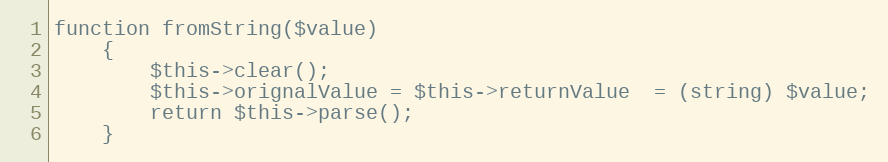
Language: PHP
function fromString($value)
    {
        $this->clear();
        $this->orignalValue = $this->returnValue  = (string) $value;
        return $this->parse();
    }